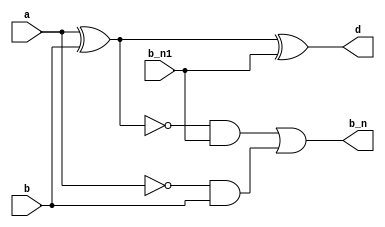
`timescale 1ns / 1ps

module FS(
    input a,
    input b,
    input b_n1,
    output d,
    output b_n
    );
    
assign d = a^b^b_n1;
assign b_n = (~(a^b)&&b_n1)||(~a&&b);
    
endmodule